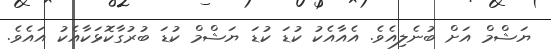
ޔަޝްމް އަށް ބުނެލިއެވެ. އެއާއެކު ކުޑަ ކުޑަ ޔަޝްމް ކުޑަ ބުރުގާކޮޅަކާއެކު އައެވެ.